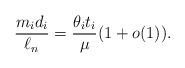
LaTeX: \begin{align*} \frac{m_id_i}{\ell_n}= \frac{\theta_it_i}{\mu} (1+o(1)).\end{align*}